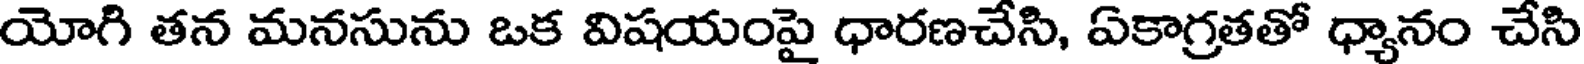
యోగి తన మనసును ఒక విషయంపై ధారణచేసి, ఏకాగ్రతతో ధ్యానం చేసి